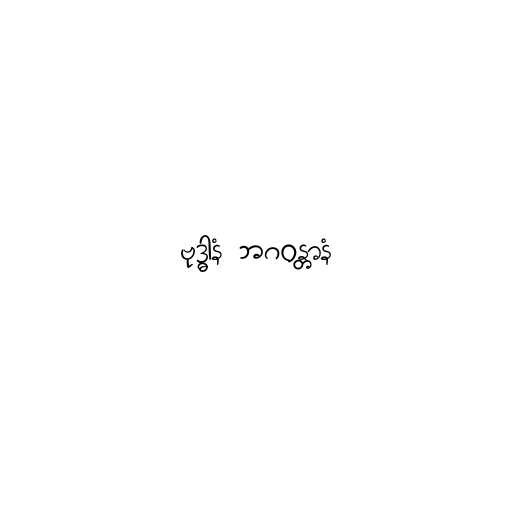
ဗုဒ္ဓါနံ ဘဂဝန္တာနံ